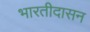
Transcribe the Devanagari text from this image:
भारतीदासन